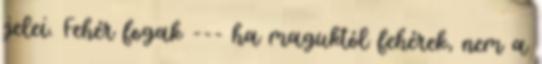
jelei. Fehér fogak --- ha maguktól fehérek, nem a